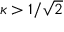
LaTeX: \kappa > 1 / { \sqrt { 2 } }